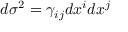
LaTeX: d \sigma ^ { 2 } = \gamma _ { i j } d x ^ { i } d x ^ { j }